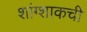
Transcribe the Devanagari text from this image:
शांग्शाकची